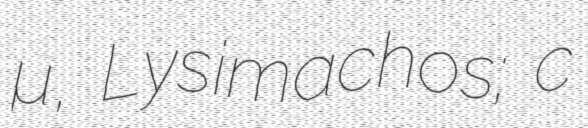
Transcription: Λυσίμαχος, Lysimachos; c